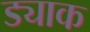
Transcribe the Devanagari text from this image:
ड्याक